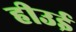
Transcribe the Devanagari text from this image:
हीउई